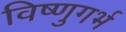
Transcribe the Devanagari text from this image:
विष्णुगर्भ